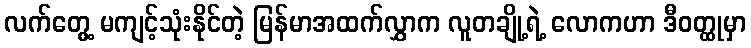
လက်တွေ့ မကျင့်သုံးနိုင်တဲ့ မြန်မာအထက်လွှာက လူတချို့ရဲ့ လောကဟာ ဒီဝတ္ထုမှာ